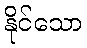
နိုင်သော